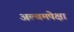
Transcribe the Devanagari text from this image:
अल्बमपेक्षा